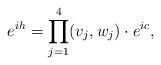
LaTeX: \begin{align*}e^{ ih}=\prod_{j=1}^4(v_j,w_j)\cdot e^{ic},\end{align*}